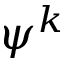
\psi ^ { k }